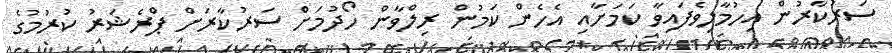
ސަރުކާރުން އިހުމާލިވެފައިވާ ކަމަށާއި އެހެން ކަމުން ރިލްވާން ހޯދުމަށް ސަރުކާރަށް ޕްރެޝަރު ކުރުމުގެ